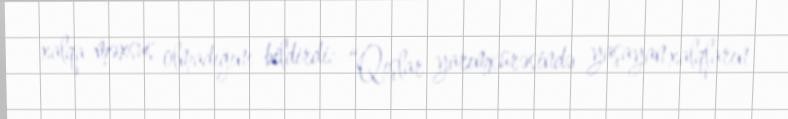
xalqa məxsus olmadığını bildirdi: “Qışlar yarımkürəsində yaşayan xalqların